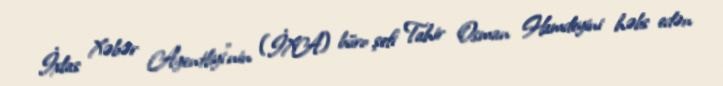
İxlas Xəbər Agentliyi"nin (İXA) büro şefi Tahir Osman Hamdeyini həbs edən